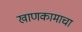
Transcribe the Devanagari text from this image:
खाणकामाचा